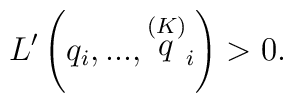
L^{\prime }\left( q_i,...,\stackrel{\left( K\right) }{q}_i\right) >0.